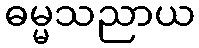
ဓမ္မသညာယ